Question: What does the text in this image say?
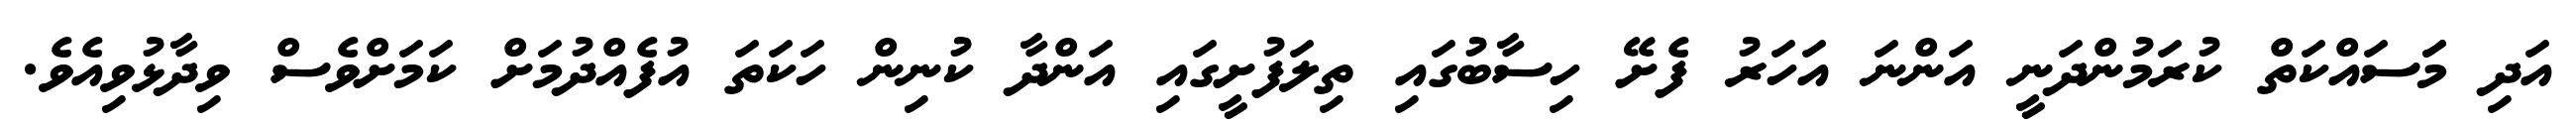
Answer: އަދި މަަސައްކަތް ކުރަމުންދަނީ އަންނަ އަހަރު ފެށޭ ހިސާބުގައި ތިލަފުށީގައި އަންދާ ކުނިން ހަކަތަ އުފެއްދުމަށް ކަމަށްވެސް ވިދާޅުވިއެވެ.